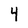
Character: 4